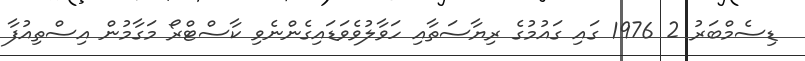
ޑިސެމްބަރު 2 1976 ގައި ގައުމުގެ ރިޔާސަތާއި ހަވާލުވެވަޑައިގެންނެވި ކާސްޓްރޯ މަގާމުން އިސްތިއުފާ